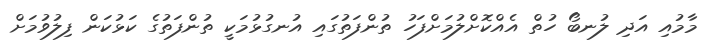
މާމުއި އަދި ލުނބޯ ހުތް އެއްކޮށްލުމަށްފަހު ތުންފަތުގައި އުނގުޅުމަކީ ތުންފަތުގެ ކަޅުކަން ފިލުވުމަށް